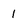
Character: 1